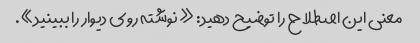
معنی این اصطلاح را توضیح دهید: «نوشته روی دیوار را ببینید».